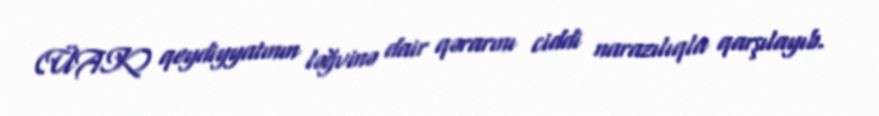
(ÜAK) qeydiyyatının ləğvinə dair qərarını ciddi narazılıqla qarşılayıb.